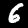
Label: 6